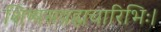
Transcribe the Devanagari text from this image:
शिष्यसव्रह्मचारिभिः।